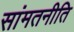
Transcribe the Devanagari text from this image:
सांमतनीति